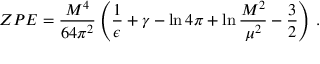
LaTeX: Z P E = \frac { M ^ { 4 } } { 6 4 \pi ^ { 2 } } \left( \frac { 1 } { \epsilon } + \gamma - \ln 4 \pi + \ln \frac { M ^ { 2 } } { \mu ^ { 2 } } - \frac { 3 } { 2 } \right) \, .